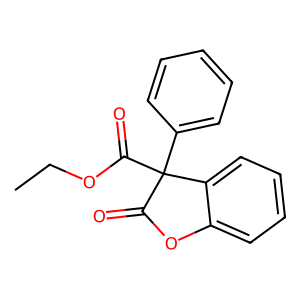
SMILES: CCOC(=O)C1(c2ccccc2)C(=O)Oc2ccccc21
Inhibits HIV replication: No